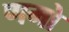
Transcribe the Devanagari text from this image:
णमो